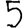
Digit: 5